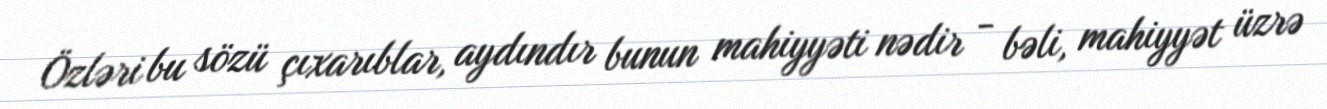
Özləri bu sözü çıxarıblar, aydındır bunun mahiyyəti nədir - bəli, mahiyyət üzrə